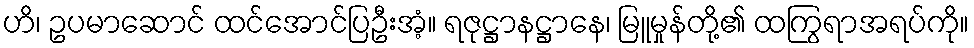
ဟိ၊ ဥပမာဆောင် ထင်အောင်ပြဦးအံ့။ ရဇုဋ္ဌာနဋ္ဌာနေ၊ မြူမှုန်တို့၏ ထကြွရာအရပ်ကို။